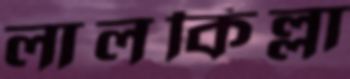
লালকিল্লা